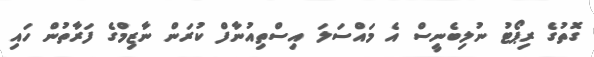
ގޮތުގެ ރިޕޯޓު ނުލިބެނީސް އެ މައްސަލަ އިސްތިއުނާފް ކުރަން ނާޒިމްގެ ފަރާތުން ހައި